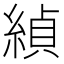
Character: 緽